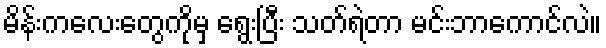
မိန်းကလေးတွေကိုမှ ရွေးပြီး သတ်ရဲတာ မင်းဘာကောင်လဲ။